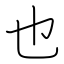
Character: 也